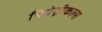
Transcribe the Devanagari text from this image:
थियेट्रीकल्स